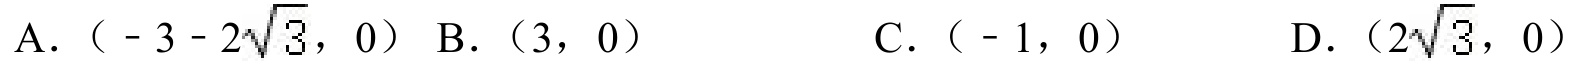
A. \(( - 3 - 2\sqrt{3},0)\) B. \((3,0)\) C. \(( - 1,0)\) D. \((2\sqrt{3},0)\)